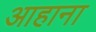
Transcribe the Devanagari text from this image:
आहाना